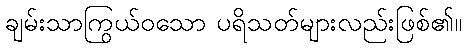
ချမ်းသာကြွယ်ဝသော ပရိသတ်များလည်းဖြစ်၏။